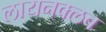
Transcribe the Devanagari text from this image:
लायनक्लब